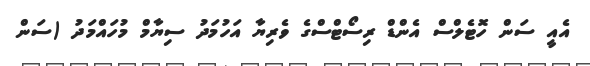
އެއީ ސަން ހޮޓެލްސް އެންޑް ރިސޯޓްސްގެ ވެރިޔާ އަހުމަދު ސިޔާމް މުހައްމަދު (ސަން